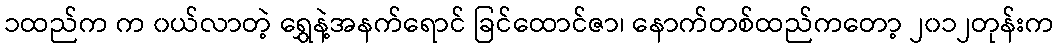
၁ထည်က က ၀ယ်လာတဲ့ ရွှေနဲ့အနက်ရောင် ခြင်ထောင်ဇာ၊ နောက်တစ်ထည်ကတော့ ၂၀၁၂တုန်းက